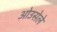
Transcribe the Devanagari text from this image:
ओउसेले